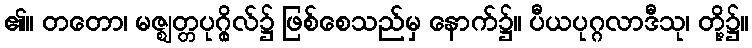
၏။ တတော၊ မဇ္ဈတ္တပုဂ္ဂိုလ်၌ ဖြစ်စေသည်မှ နောက်၌။ ပီယပုဂ္ဂလာဒီသု၊ တို့၌။